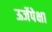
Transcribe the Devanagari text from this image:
ऊर्जेपेक्षा